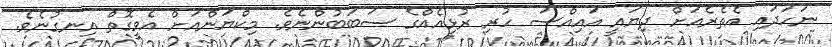
ނަހަދައި އެތެރެއަށް ދިޔައީ އައިއްސަ ހުރި ރުޅިއެއްގެ ސަބަބުންނެވެ. މިކްޔަންއަށް އެވީގޮތް އިނގުނެވެ.